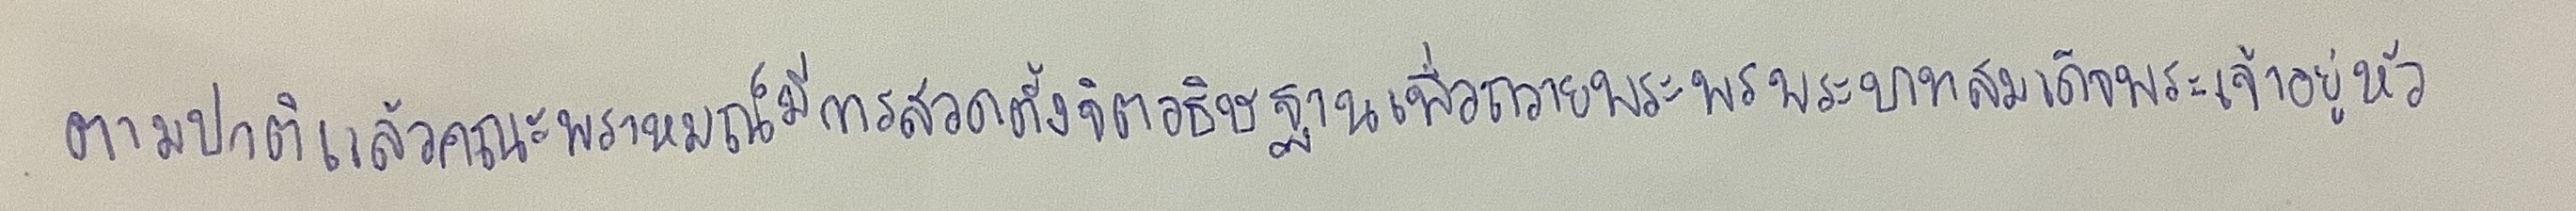
ตามปกติแล้วคณะพราหมณ์มีการสวดตั้งจิตอธิษฐานเพื่อถวายพระพรพระบาทสมเด็จพระเจ้าอยู่หัว